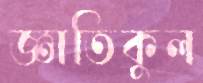
জ্ঞাতিকুল